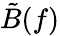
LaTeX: \tilde{B}(f)